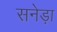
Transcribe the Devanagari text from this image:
सनेड़ा